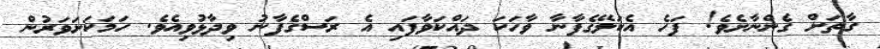
ގާތަށް ގެންނާށެވެ! ފަހެ އެކަލޭގެފާނާ ވާހަކަ ދައްކަވާފައި އެ ރަސްގެފާނު ވިދާޅުވިއެވެ. ހަމަކަށަވަރުން